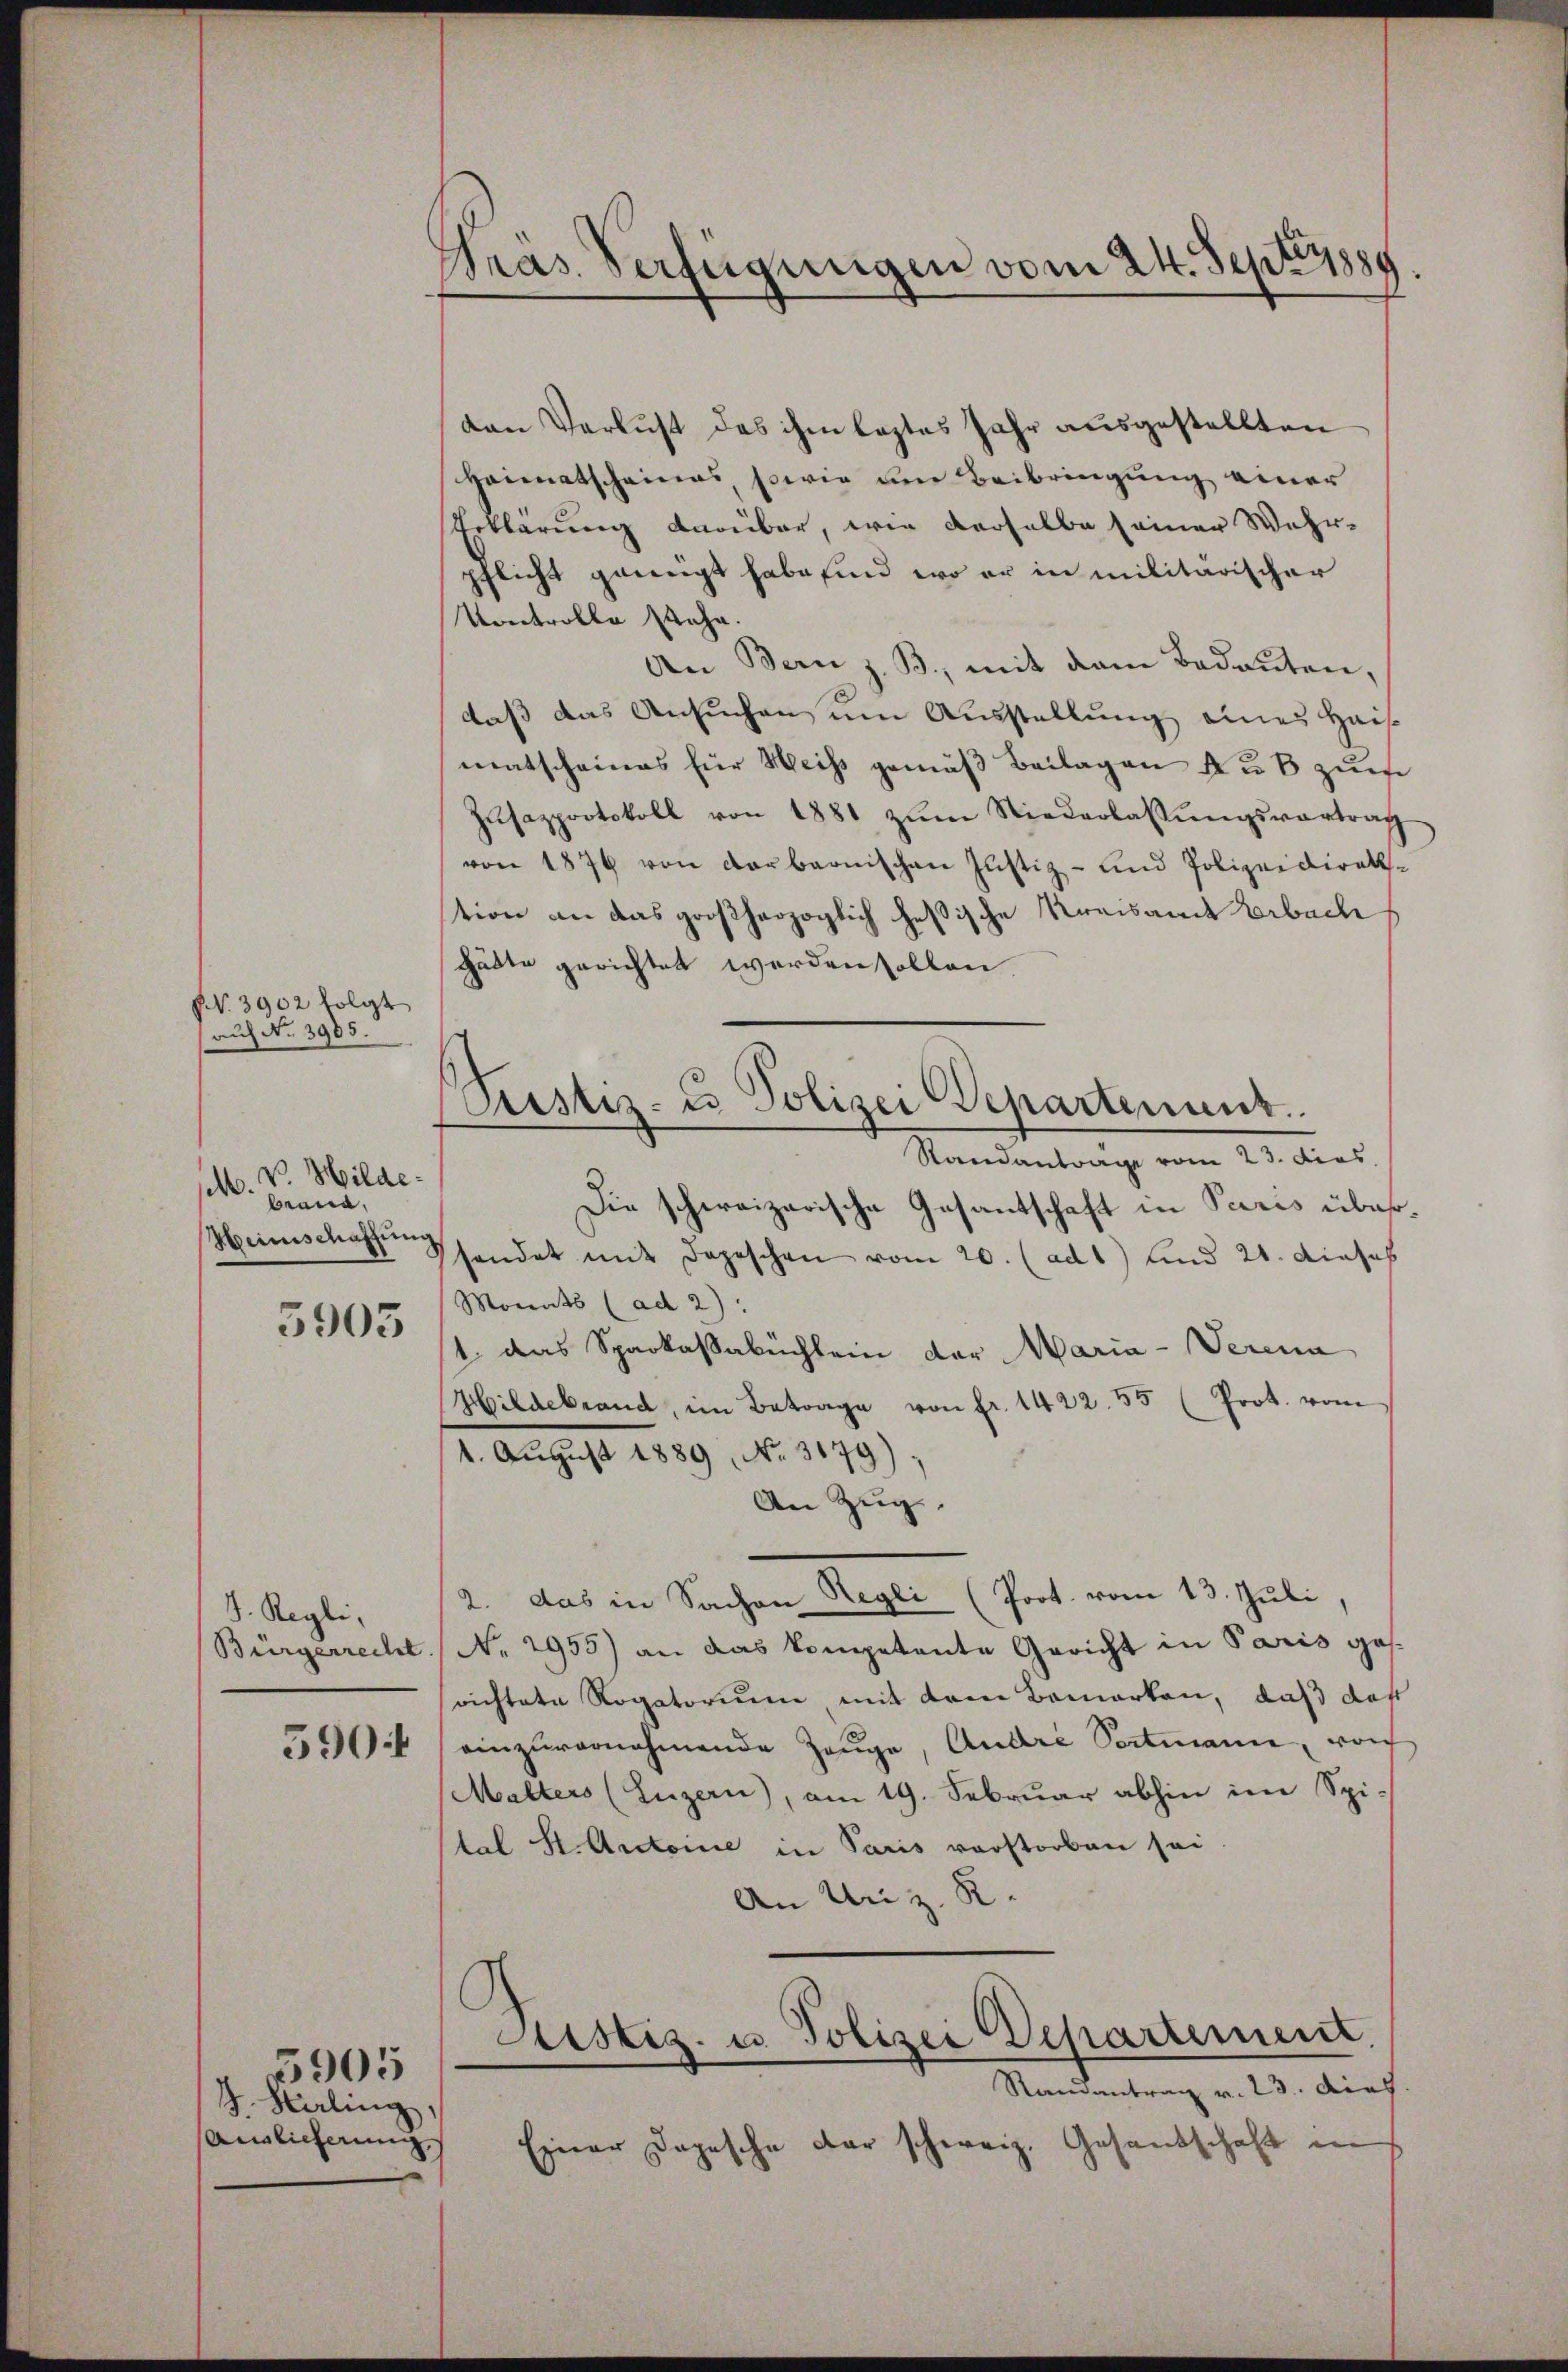
NNo. 3902 folgt
(auf No 3985.

M. V. Hilde.
brand¬
Heimischaffen

5903

J. Regli,
Bürgerrecht

3904

J. Herling,
Anglicherung,

5905

Präs. Verfügungen vom 24. Sept 1889.

van Verlust des ihm leztes Jahr ausgestellten
Heimatscheines, sowie an Beibringung einer
Erklärung darüber, wie derselbe seiner Wahr-
pflicht geneigt habe sind wo er in militärischer
Kontrolle stehe.
An Bern z. B., mit dem Badauten,
daß das Ansuchen um Ausstellung eines Haismatscheines für Weis gemäß Beilagen zu 8 zur
Zŭsazprotokoll von 1881 zŭm Niederlassŭngsvortrag
von 1876 von darbarnischen Justiz- und Polizeidirektion an das großherzoglich hessische Kreisamt Erbache
hätte gerichtet werden sollen.
Standantrage vom 23. dies
Die schweizerische Gesantschaft in Paris übersendet mit Depeschen vom 20. (ad 1) und 21. Dieses
Monats (ad 2):
1 das Sparkassabuchlein der Maria-Verena
Hildebrand, im Betrage von fr. 1422. 55 (Prot. vom
1. August 1889 No 3179);
An Zug,
2. das in Sachen Regli (Poot. vom 13. Juli,
No. 2955) an das kompetente Gericht in Paris ges
richtete Rogatorium, mit dem Bemerken, daß daß
einzuvernehmende Zeuge, Andre Sertmann, von
Malters (Luzern), am 19. Februar abhin im Spital S. Arcome in Paris verstorben sei
An Unz. R.
Justiz- u. Polizei Departement.
Randantrag v. 23. dies
Einer Depesche der schweiz. Gesandschaft in

Aristiz- u Polizei Departenunt